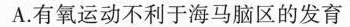
A.有氧运动不利于海马脑区的发育